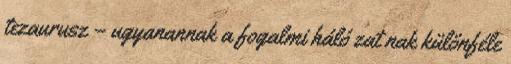
tezaurusz – ugyanannak a fogalmi háló zat nak különféle